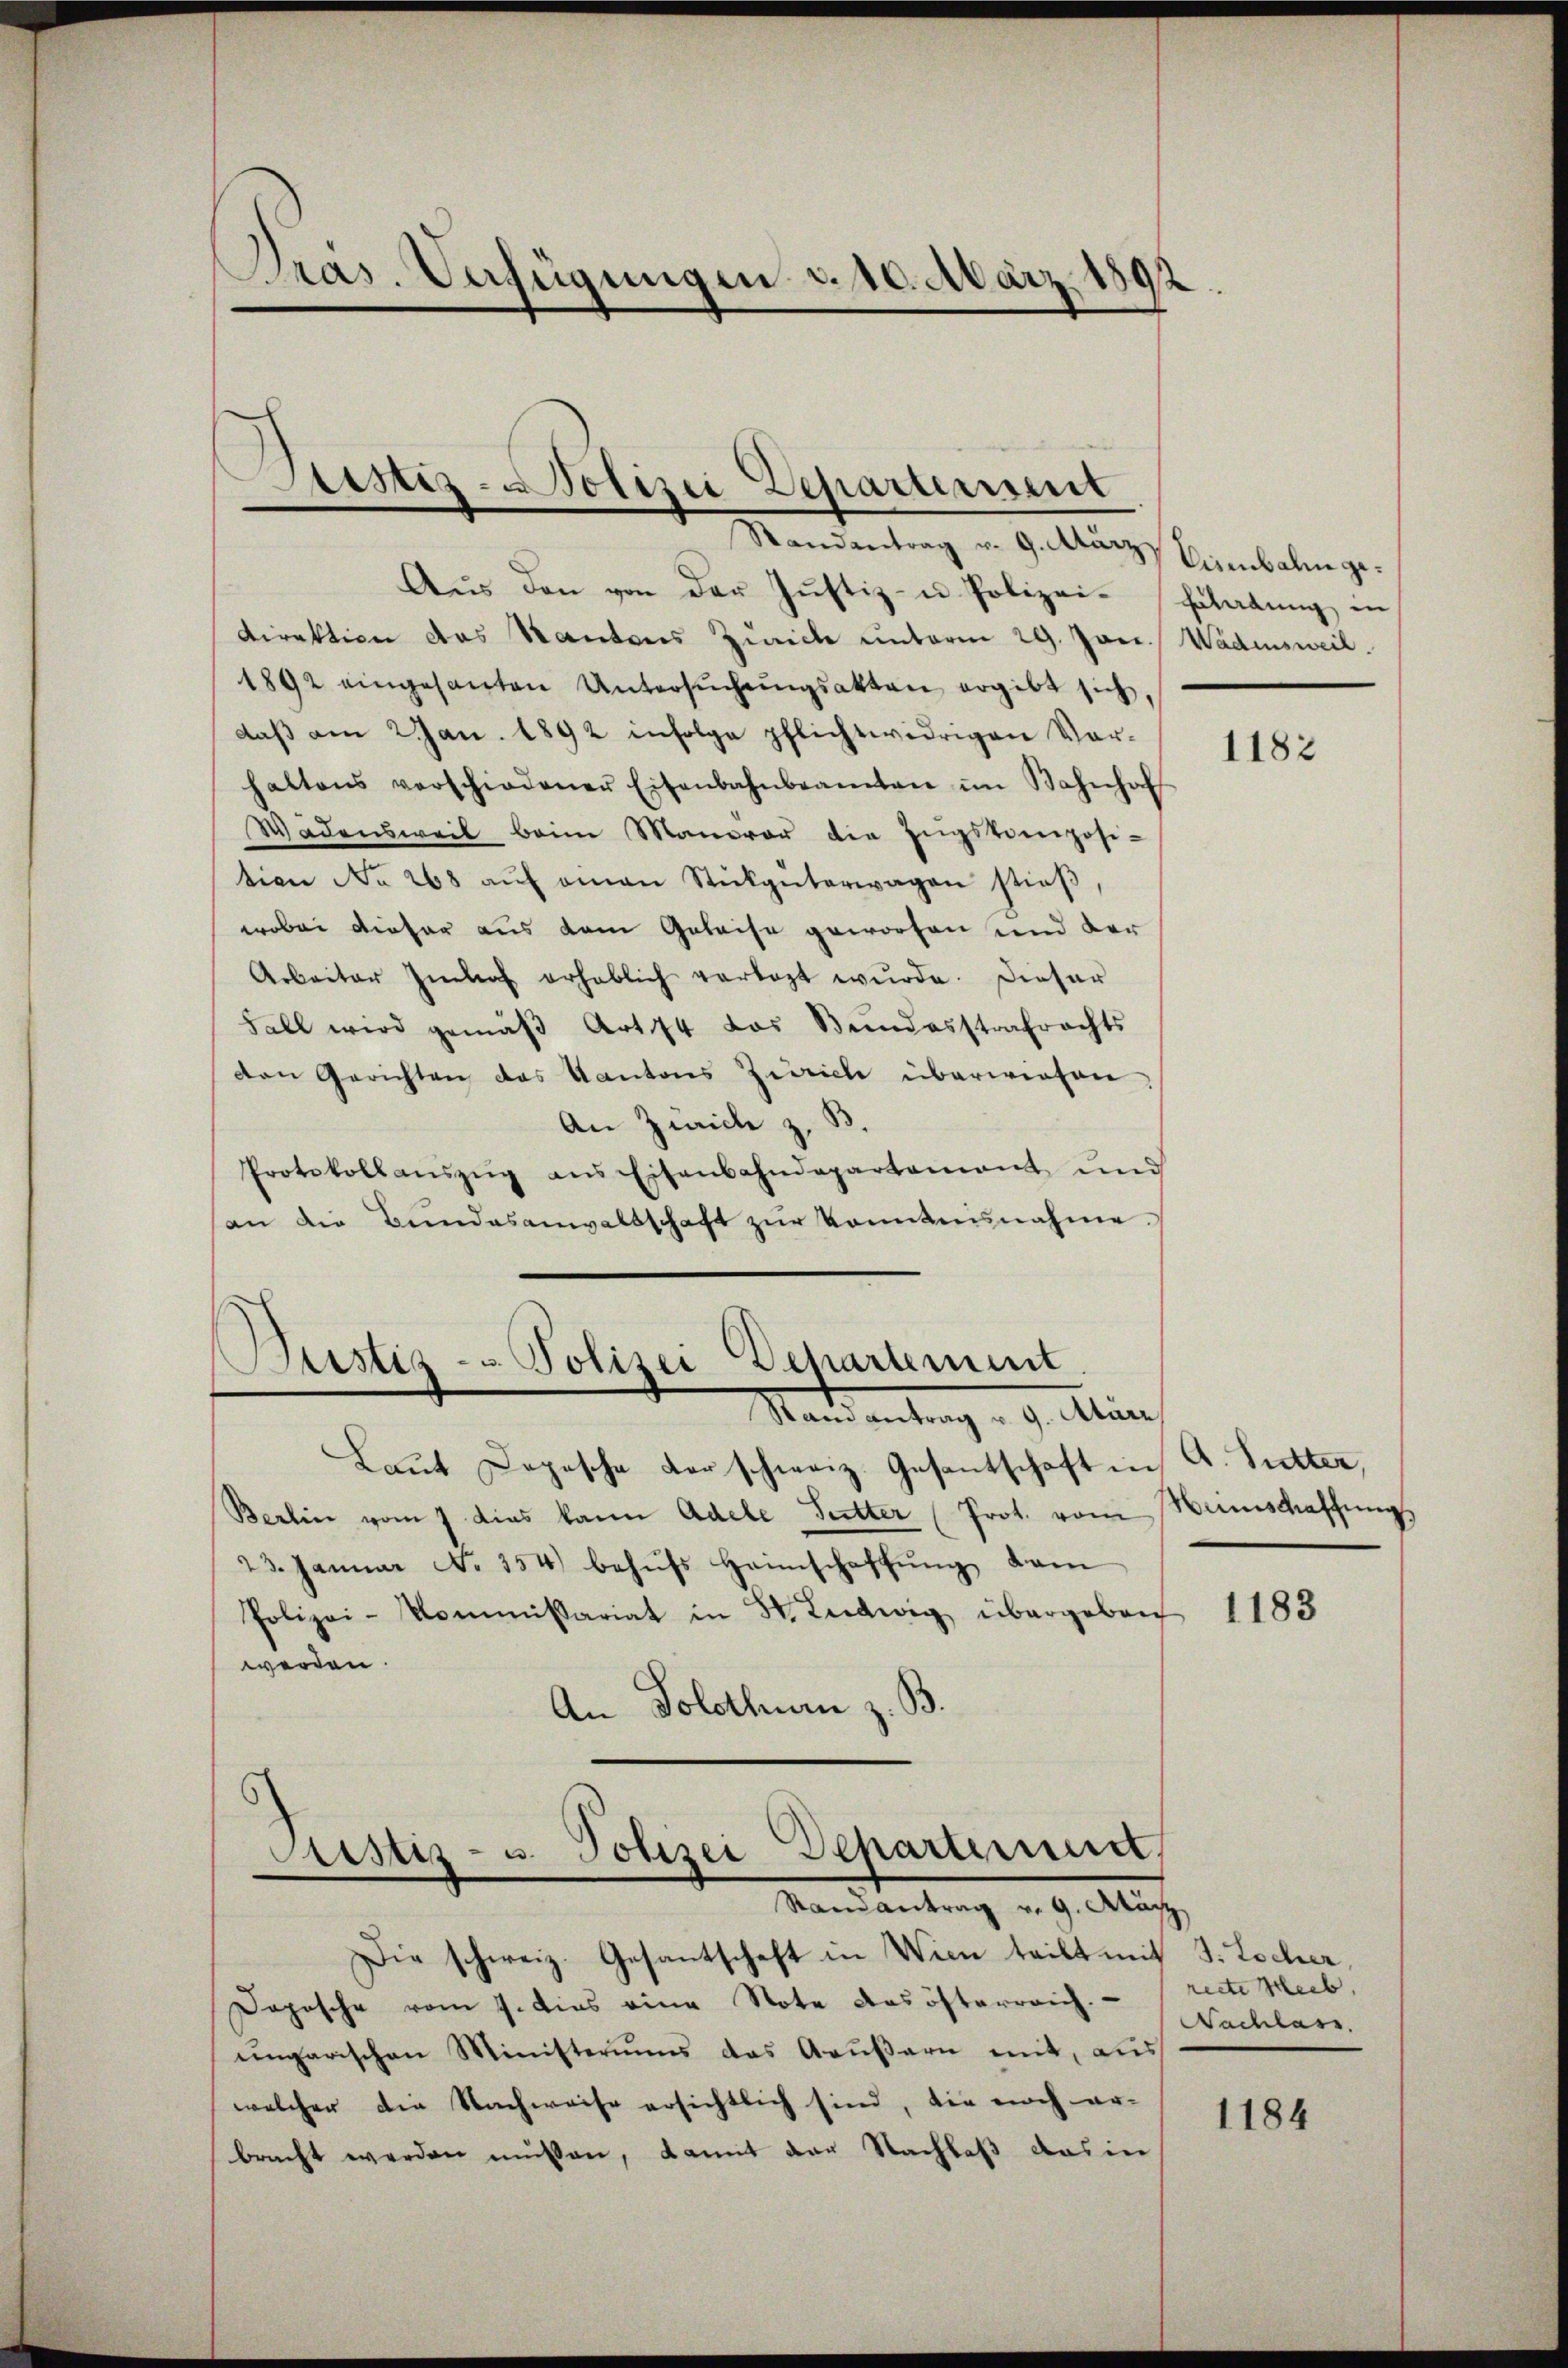
Randantrag v. 9. März Sebalm ge¬
Aus den von der Justiz- u Polizei- Erladung in
Direktion des Kantons Zürich unterm 29. Jan. Wädensweil.
1892 eingesanten Untersŭchŭngsakten ergibt sich,
daβ am 2 Jan. 1892 infolge pflichtwidrigen Vor-
haltens verschiedener Eisenbahnbeamten im Bahnhof
Wädensweil beim Manorar die Engskomposi-
tion No 268 aŭf einen Stückgüterwagen stieβ,
wobei dieser aus dem Geleise geworfen und der
Arbeiter Imhof erheblich verlegt wŭrde. Dieser
Fall wird gemäβ Art 74 das Bŭndesstrafrachts
den Gerichten das Kantons Zürich überwiesen
An Zwicke z. B.
Protokollaŭszŭg ans Eisenbahndepartement und
(an die Bundesanwaltschaft zŭr konntnisnahme.

Präs. Verfügungen d. 10. März 1892

Sistiz-Polizei Departement

Bustiz- & Polizei Departement
Stand entrag. 9. Allein

Justiz- u. Polizei Departement,
Ramantrag v. 9. März

Laut Depesche Vorschweiz. Gesantschaft in A. Sutter,
Berlin vom 7 dies kann Adele Sutter (Prot. vom Hinschaffungs
23. Januar No. 354) behŭfs Heimschaffŭng dam
Polizei-Kommissariat in St. Ludwig übergeben
werden.
An Solothurn z. B.

Die schweiz. Gesantschaft in Wien teilt mit J. Locher,
Dopische vom 7. dies eine Note das österreich. (recte Heib,
ŭngarischen Ministeriums das Aaŭβern mit, aŭs
welcher die Nachweise ersichtlich sind, die noch er-
bracht werden müssen, damit der Nachlaß das in

1182

1183

Nachlass.

1184